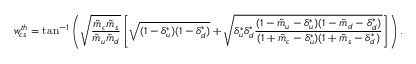
w _ { c s } ^ { t h } = \tan ^ { - 1 } \left( \sqrt { \frac { \tilde { m } _ { c } \tilde { m } _ { s } } { \tilde { m } _ { u } \tilde { m } _ { d } } } \left[ \sqrt { ( 1 - \delta _ { u } ^ { * } ) ( 1 - \delta _ { d } ^ { * } ) } + \sqrt { \delta _ { u } ^ { * } \delta _ { d } ^ { * } \frac { ( 1 - \tilde { m } _ { u } - \delta _ { u } ^ { * } ) ( 1 - \tilde { m } _ { d } - \delta _ { d } ^ { * } ) } { ( 1 + \tilde { m } _ { c } - \delta _ { u } ^ { * } ) ( 1 + \tilde { m } _ { s } - \delta _ { d } ^ { * } ) } } \right] \right) .